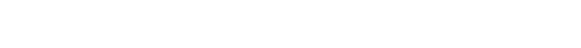
ဒီတော့ လူတိုင်း လူတိုင်း အောက်တန်း မကျချင်ရင် ကြီးပွားချမ်းသာချင်ရင် ခိုးမှုမှ ကြဉ်ရှောင်